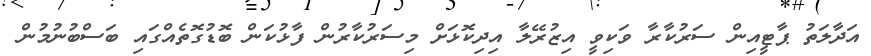
އަދާލަތު ޕާޓީއިން ސަރުކާރާ ވަކިވީ އިޒުރޭލާ އިދިކޮޅަށް މިސަރުކާރުން ފާޅުކަން ބޮޑުގޮތެއްގައި ބަސްބުނުމުން